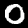
Digit: 0